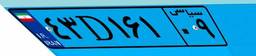
۵۷D۱۱۳۳۳